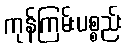
ကုန်ကြမ်းပစ္စည်း